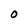
Character: O